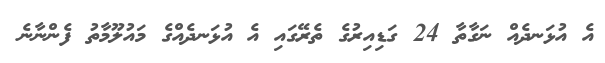
އެ އުޅަނދެއް ނަގާތާ 24 ގަޑިއިރުގެ ތެރޭގައި އެ އުޅަނދެއްގެ މައުލޫމާތު ފެންނާނެ